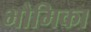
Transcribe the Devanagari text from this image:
भौमिका